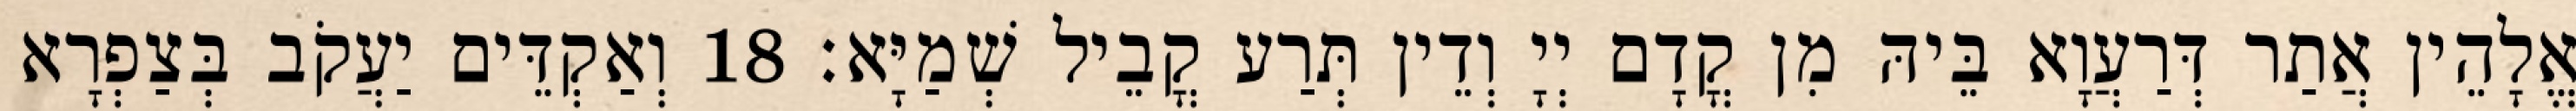
אֱלָהֵין אֲתַר דְּרַעֲוָא בֵּיהּ מִן קֳדָם יְיָ וְדֵין תְּרַע קֳבֵיל שְׁמַיָּא׃ 18 וְאַקְדֵּים יַעֲקֹב בְּצַפְרָא